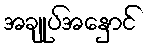
အချုပ်အနှောင်